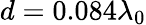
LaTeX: d=0.084\lambda_{0}